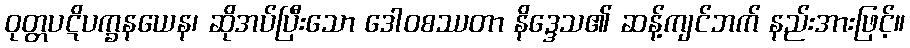
ဝုတ္တပဋိပက္ခနယေန၊ ဆိုအပ်ပြီးသော ဒေါဝစဿတာ နိဒ္ဒေသ၏ ဆန့်ကျင်ဘက် နည်းအားဖြင့်။